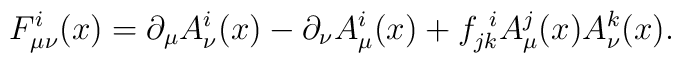
F_{\mu\nu}^{i}(x) = \partial_{\mu}A_{\nu}^{i}(x) - \partial_{\nu}A_{\mu}^{i}(x)+ f_{jk}^{\,\,\,i}A_{\mu}^{j}(x)A_{\nu}^{k}(x).